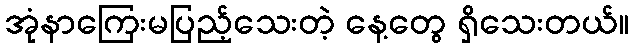
အုံနာကြေးမပြည့်သေးတဲ့ နေ့တွေ ရှိသေးတယ်။